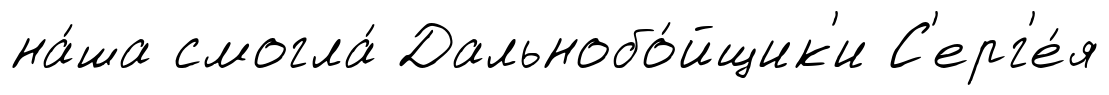
на́ша смогла́ Дальнобо́йщик'и С'ерг'е́я